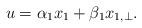
LaTeX: \begin{align*}u=\alpha_{1} x_{1} +\beta_{1} x_{1,\perp}.\end{align*}